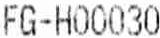
FG-H00030